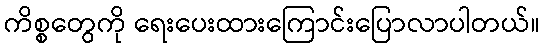
ကိစ္စတွေကို ရေးပေးထားကြောင်းပြောလာပါတယ်။